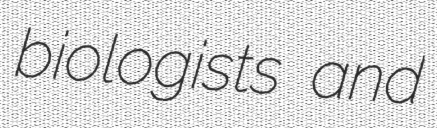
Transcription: biologists and